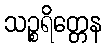
သဉ္စရိတ္တေန